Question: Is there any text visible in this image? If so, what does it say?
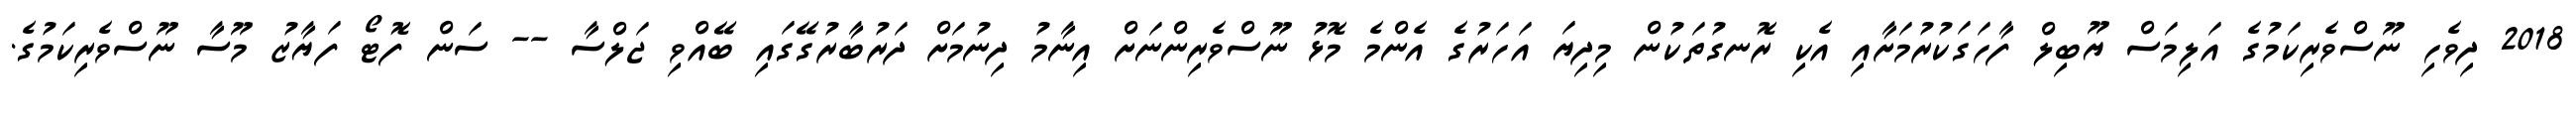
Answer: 2018 ދިވެހި ނޫސްވެރިކަމުގެ އަލިމަސް ޔޫބިލް ފާހަގަކުރުމަށާއި އެކި ރޮނގުތަކުން މިދިޔަ އަހަރުގެ އެންމެ މޮޅު ނޫސްވެރިންނަށް އިނާމު ދިނުމަށް ދަރުބާރުގޭގައި ބޭއްވި ޖަލްސާ -- ސަން ފޮޓޯ ފަޔާޒު މޫސާ ނޫސްވެރިކަމުގެ.